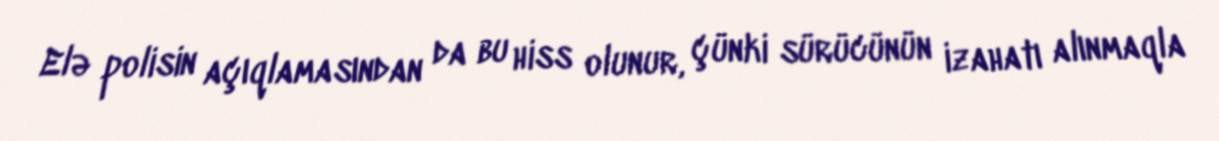
Elə polisin açıqlamasından da bu hiss olunur, çünki sürücünün izahatı alınmaqla